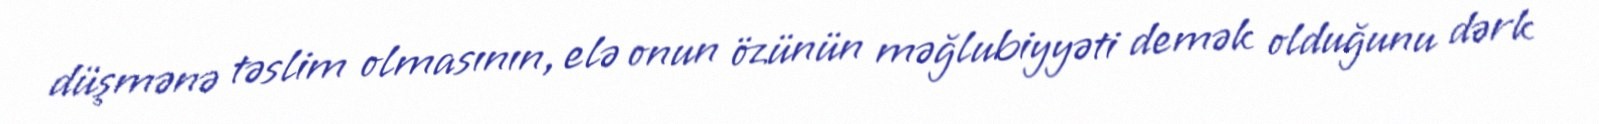
düşmənə təslim olmasının, elə onun özünün məğlubiyyəti demək olduğunu dərk